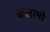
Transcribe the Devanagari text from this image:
कलामों